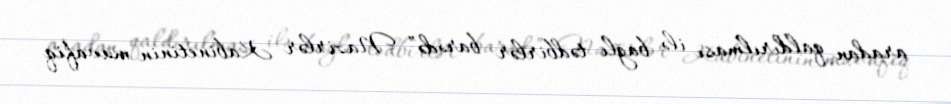
aradan qaldırılması ilə bağlı tədbirlər barədə” Nazirlər Kabinetinin müvafiq